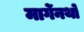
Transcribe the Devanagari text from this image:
मार्गेनथो